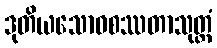
ဒုတိယသောဝစဿတာသုတ္တံ